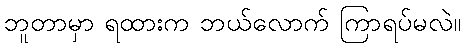
ဘူတာမှာ ရထားက ဘယ်လောက် ကြာရပ်မလဲ။